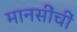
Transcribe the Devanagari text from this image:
मानसींचीं